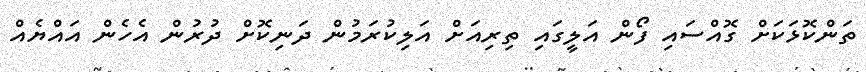
ތަންކޮޅަކަށް ގޮއްސައި ފޯން އަލީގައި ތިރިއަށް އަލިކުރަމުން ދަނިކޮށް ދުރުން އެހެން އައްޔެއް